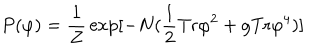
P ( \varphi ) = { \frac { 1 } { Z } } \exp [ - N ( { \frac { 1 } { 2 } } \mathrm { T r } \varphi ^ { 2 } + { g } \mathrm { T r } \varphi ^ { 4 } ) ]